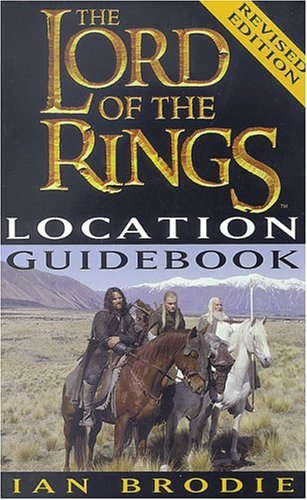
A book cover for The Lord of the Rings Location Guidebook; Ian Brodie; Travel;